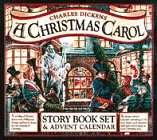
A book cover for A Christmas Carol Book Set & Advent Calendar (Workman Undated Diaries/Advent Calendars); Charles Dickens; Calendars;